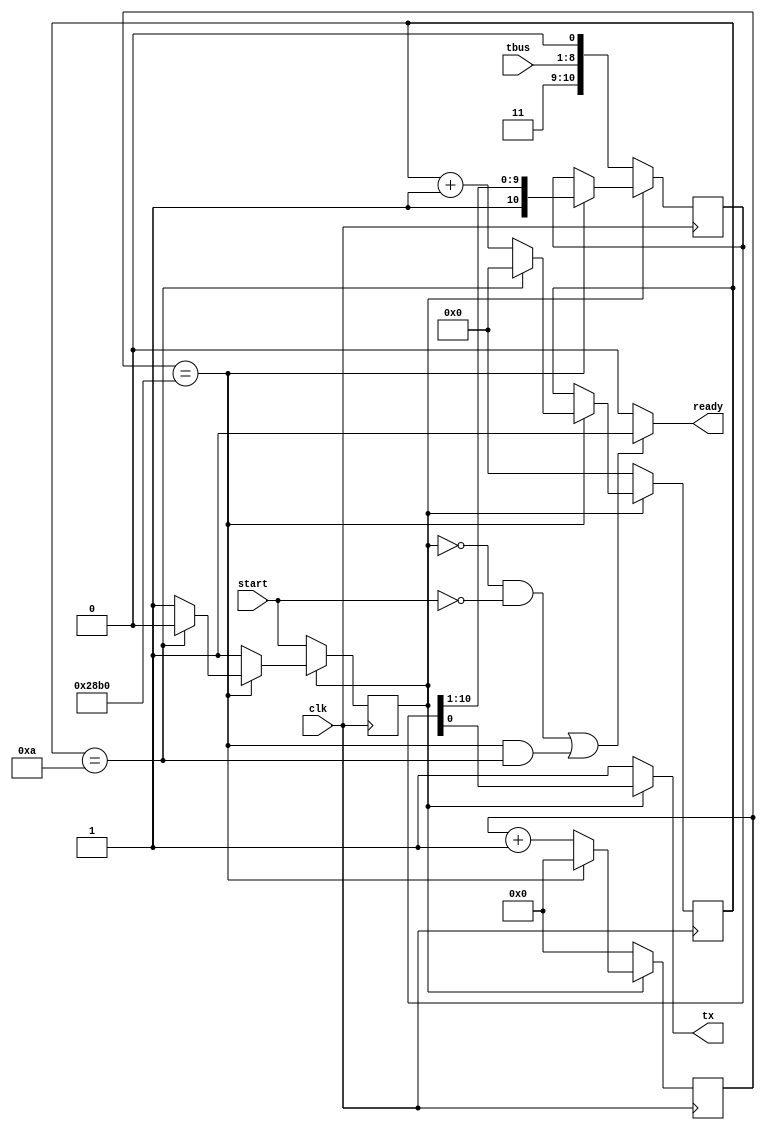
`timescale 1ns / 1ps

module uart_tx(
    input       clk   ,
    input [7:0] tbus  ,
    input       start,
    output      tx    ,
    output      ready 
    );
    parameter CD_MAX=10416, CD_WIDTH=16;
    reg [CD_WIDTH-1:0] cd_count=0;
    reg [3:0] count=0;
    reg running=0;
    reg [10:0] shift=11'h7ff;
    always@(posedge clk) begin
        if (running == 1'b0) begin
            shift <= {2'b11, tbus, 1'b0};
            running <= start;
            cd_count <= 'b0;
            count <= 'b0;
        end else if (cd_count == CD_MAX) begin
            shift <= {1'b1, shift[10:1]};
            cd_count <= 'b0;
            if (count == 4'd10) begin
                running <= 1'b0;
                count <= 'b0;
            end
            else
                count <= count + 1'b1;
        end else
            cd_count <= cd_count + 1'b1;
    end
    assign tx = (running == 1'b1) ? shift[0] : 1'b1;
    assign ready = ((running == 1'b0 && start == 1'b0) || (cd_count == CD_MAX && count == 4'd10)) ? 1'b1 : 1'b0;
endmodule